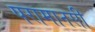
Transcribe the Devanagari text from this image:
परामानसी